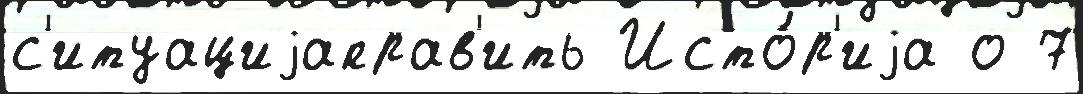
с'итуациjаправ'ить Исто́р'иjа о 7